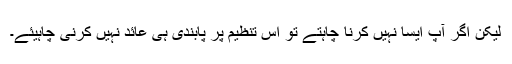
لیکن اگر آپ ایسا نہیں کرنا چاہتے تو اس تنظیم پر پابندی ہی عائد نہیں کرنی چاہیئے۔